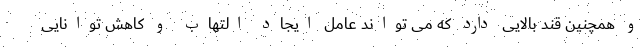
و همچنین قند بالایی دارد که می تواند عامل ایجاد التهاب و کاهش توانایی